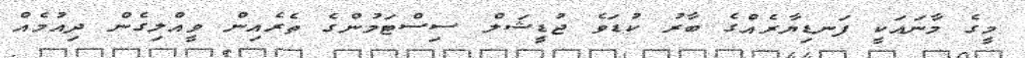
މީގެ މާނައަކީ ފަނޑިޔާރެއްގެ ބާރު ކުޑަވެ ޖުޑީޝަލް ސިސްޓަމުންގެ ތެރެއިން ވީއްލިގެން ދިއުމެއް